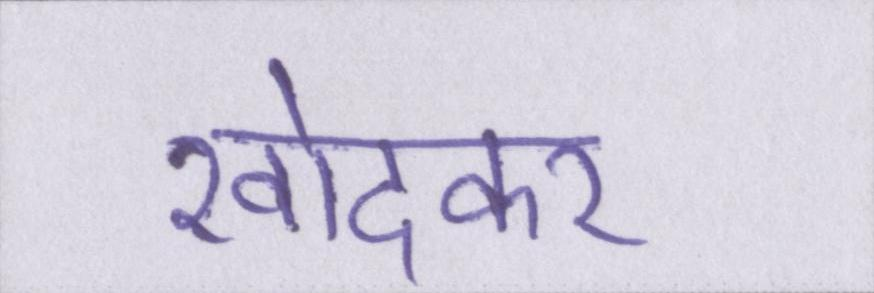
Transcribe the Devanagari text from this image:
खोदकर